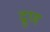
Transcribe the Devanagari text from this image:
द्रुण